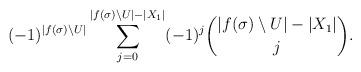
LaTeX: \begin{align*} &(-1)^{\lvert f(\sigma)\setminus U \rvert} \sum_{j=0}^{\lvert f(\sigma)\setminus U\rvert -\lvert X_1 \rvert} (-1)^j \binom{\lvert f(\sigma)\setminus U\rvert -\lvert X_1 \rvert}{j} . \end{align*}